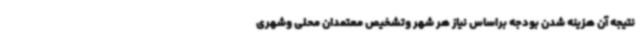
نتیجه آن هزینه شدن بودجه براساس نیاز هر شهر وتشخیص معتمدان محلی وشهری